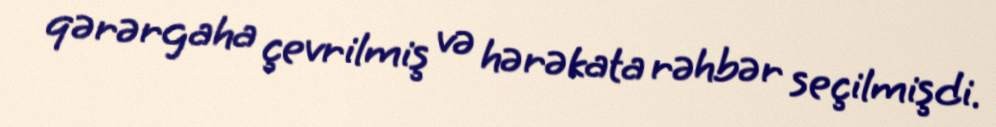
qərərgaha çevrilmiş və hərəkata rəhbər seçilmişdi.